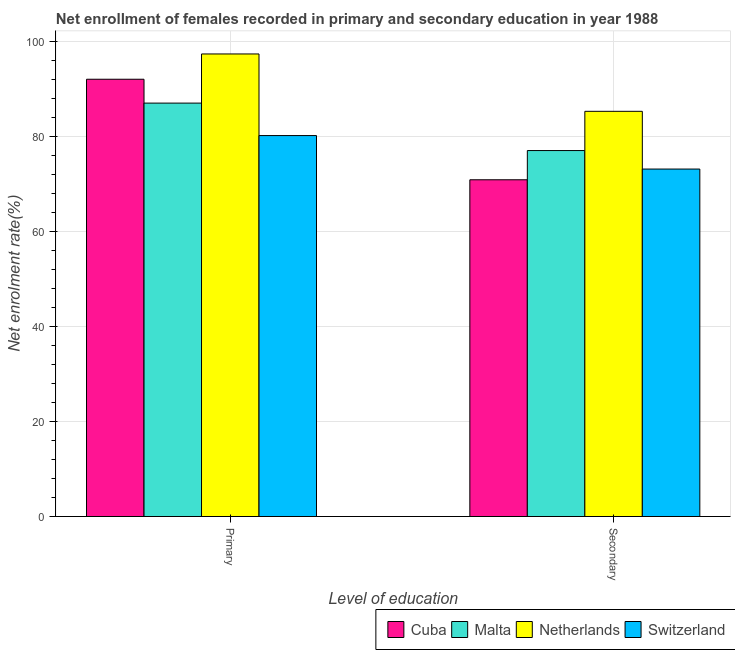
| Level of education | Cuba | Malta | Netherlands | Switzerland |
 | --- | --- | --- | --- | --- |
 | Primary | 92.1 | 87.1 | 97.4 | 80.2 |
 | Secondary | 70.9 | 77.1 | 85.4 | 73.2 |